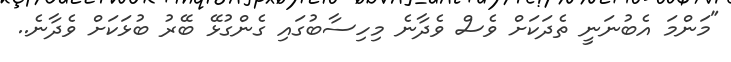
"މަންމަ އެބުނަނީ ތެދަކަށް ވެސް ވެދާނެ މިހިސާބުގައި ގެންގުޅޭ ބޭރު ބުޅަކަށް ވެދާނެ..